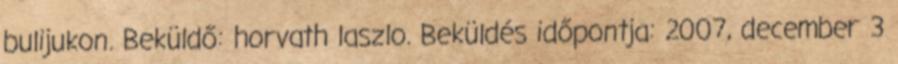
bulijukon. Beküldő: horvath laszlo. Beküldés időpontja: 2007, december 3